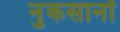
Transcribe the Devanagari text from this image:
नुकसानॉ